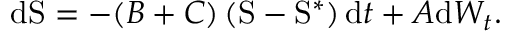
\mathrm { d } \mathrm { S } = - ( B + C ) \left( \mathrm { S } - \mathrm { S } ^ { \ast } \right) \mathrm { d } t + A \mathrm { d } W _ { t } .